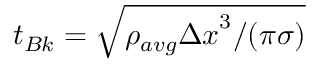
t _ { B k } = \sqrt { { \rho _ { a v g } { \Delta x } ^ { 3 } } / { ( \pi \sigma } ) }